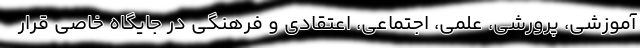
آموزشی، پرورشی، علمی، اجتماعی، اعتقادی و فرهنگی در جایگاه خاصی قرار